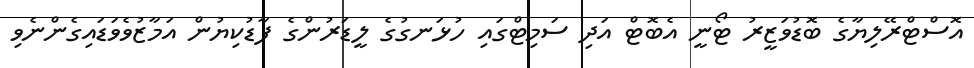
އޮސްޓްރޭލިޔާގެ ބޮޑުވަޒީރު ޓޯނީ އެބޮޓް އަދި ސަމިޓްގައި ހުޅަނގުގެ ލީޑަރުންގެ ފާޑުކިޔުން އަމާޒުވެވަޑައިގެންނެވި